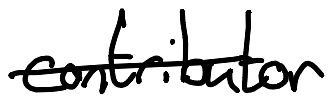
Text: contributor
Cross-out: single-line
Writing tool: digital_black